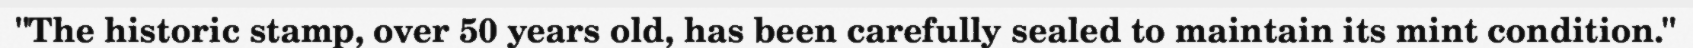
"The historic stamp, over 50 years old, has been carefully sealed to maintain its mint condition."